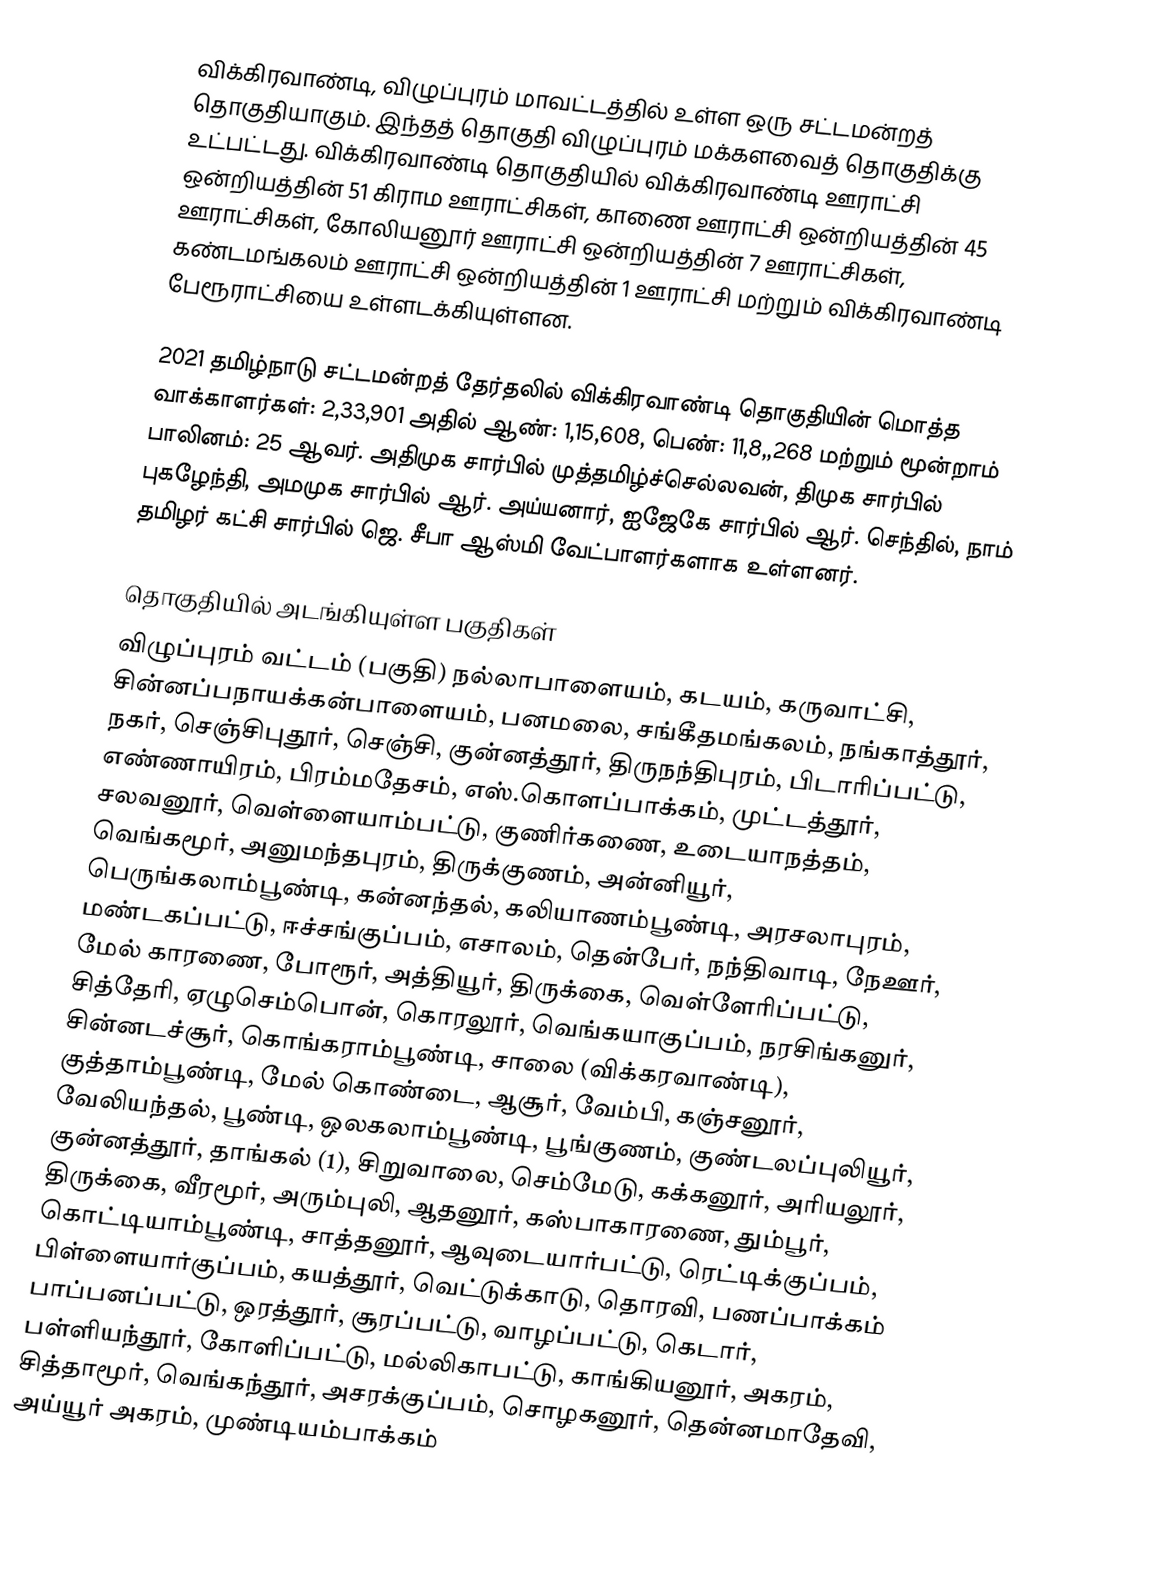
விக்கிரவாண்டி, விழுப்புரம் மாவட்டத்தில் உள்ள ஒரு சட்டமன்றத் தொகுதியாகும். இந்தத் தொகுதி விழுப்புரம் மக்களவைத் தொகுதிக்கு உட்பட்டது. விக்கிரவாண்டி தொகுதியில் விக்கிரவாண்டி ஊராட்சி ஒன்றியத்தின் 51 கிராம ஊராட்சிகள், காணை ஊராட்சி ஒன்றியத்தின் 45 ஊராட்சிகள், கோலியனூர் ஊராட்சி ஒன்றியத்தின் 7 ஊராட்சிகள், கண்டமங்கலம் ஊராட்சி ஒன்றியத்தின் 1 ஊராட்சி மற்றும் விக்கிரவாண்டி பேரூராட்சியை உள்ளடக்கியுள்ளன.

2021 தமிழ்நாடு சட்டமன்றத் தேர்தலில் விக்கிரவாண்டி தொகுதியின் மொத்த வாக்காளர்கள்: 2,33,901 அதில் ஆண்: 1,15,608, பெண்: 11,8,,268 மற்றும் மூன்றாம் பாலினம்: 25 ஆவர். அதிமுக சார்பில் முத்தமிழ்ச்செல்லவன், திமுக சார்பில் புகழேந்தி, அமமுக சார்பில் ஆர். அய்யனார், ஐஜேகே சார்பில் ஆர். செந்தில், நாம் தமிழர் கட்சி சார்பில் ஜெ. சீபா ஆஸ்மி  வேட்பாளர்களாக உள்ளனர்.

தொகுதியில் அடங்கியுள்ள பகுதிகள்
விழுப்புரம் வட்டம்  (பகுதி) நல்லாபாளையம், கடயம், கருவாட்சி, சின்னப்பநாயக்கன்பாளையம், பனமலை, சங்கீதமங்கலம், நங்காத்தூர், நகர், செஞ்சிபுதூர், செஞ்சி, குன்னத்தூர், திருநந்திபுரம், பிடாரிப்பட்டு, எண்ணாயிரம், பிரம்மதேசம், எஸ்.கொளப்பாக்கம், முட்டத்தூர், சலவனூர், வெள்ளையாம்பட்டு, குணிர்கணை, உடையாநத்தம், வெங்கமூர், அனுமந்தபுரம், திருக்குணம், அன்னியூர், பெருங்கலாம்பூண்டி, கன்னந்தல், கலியாணம்பூண்டி, அரசலாபுரம், மண்டகப்பட்டு, ஈச்சங்குப்பம், எசாலம், தென்பேர், நந்திவாடி, நேஊர், மேல் காரணை, போரூர், அத்தியூர், திருக்கை, வெள்ளேரிப்பட்டு, சித்தேரி, ஏழுசெம்பொன், கொரலூர், வெங்கயாகுப்பம், நரசிங்கனுர், சின்னடச்சூர், கொங்கராம்பூண்டி, சாலை (விக்கரவாண்டி), குத்தாம்பூண்டி, மேல் கொண்டை, ஆசூர், வேம்பி, கஞ்சனூர், வேலியந்தல், பூண்டி, ஒலகலாம்பூண்டி, பூங்குணம், குண்டலப்புலியூர், குன்னத்தூர், தாங்கல் (1), சிறுவாலை, செம்மேடு, கக்கனூர், அரியலூர், திருக்கை, வீரமூர், அரும்புலி, ஆதனூர், கஸ்பாகாரணை, தும்பூர், கொட்டியாம்பூண்டி, சாத்தனூர், ஆவுடையார்பட்டு, ரெட்டிக்குப்பம், பிள்ளையார்குப்பம், கயத்தூர், வெட்டுக்காடு, தொரவி, பணப்பாக்கம் பாப்பனப்பட்டு, ஒரத்தூர், சூரப்பட்டு, வாழப்பட்டு, கெடார், பள்ளியந்தூர், கோளிப்பட்டு, மல்லிகாபட்டு, காங்கியனூர், அகரம், சித்தாமூர், வெங்கந்தூர், அசரக்குப்பம், சொழகனூர், தென்னமாதேவி, அய்யூர் அகரம், முண்டியம்பாக்கம்